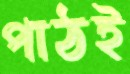
পাঠই